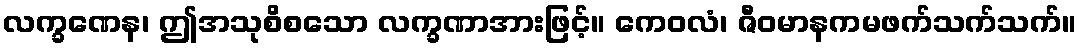
လက္ခဏေန၊ ဤအသုစိစသော လက္ခဏာအားဖြင့်။ ကေဝလံ၊ ဇီဝမာနကမဖက်သက်သက်။